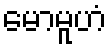
မောမူဟံ